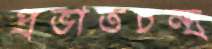
প্রভাতচন্দ্র